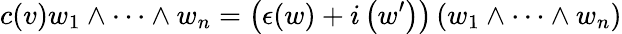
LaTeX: c(v)w_{1}\wedge\cdots\wedge w_{n}=\left(\epsilon(w)+i\left(w^{\prime}\right)\right)\left(w_{1}\wedge\cdots\wedge w_{n}\right)